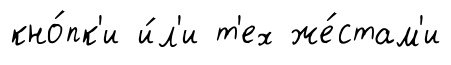
кно́пк'и и́л'и т'ех же́стам'и